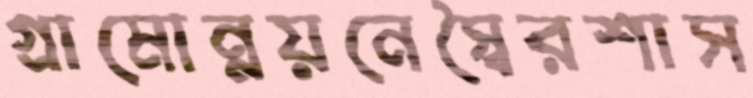
গ্রামোন্নয়নেস্বৈরশাস